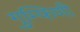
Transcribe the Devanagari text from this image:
गुम्फिणी